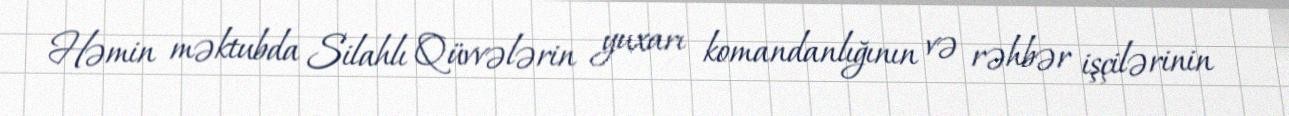
Həmin məktubda Silahlı Qüvvələrin yuxarı komandanlığının və rəhbər işçilərinin